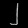
Digit: ၂